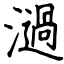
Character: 濄